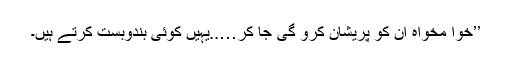
’’خوا مخواہ ان کو پریشان کرو گی جا کر…..یہیں کوئی بندوبست کرتے ہیں۔